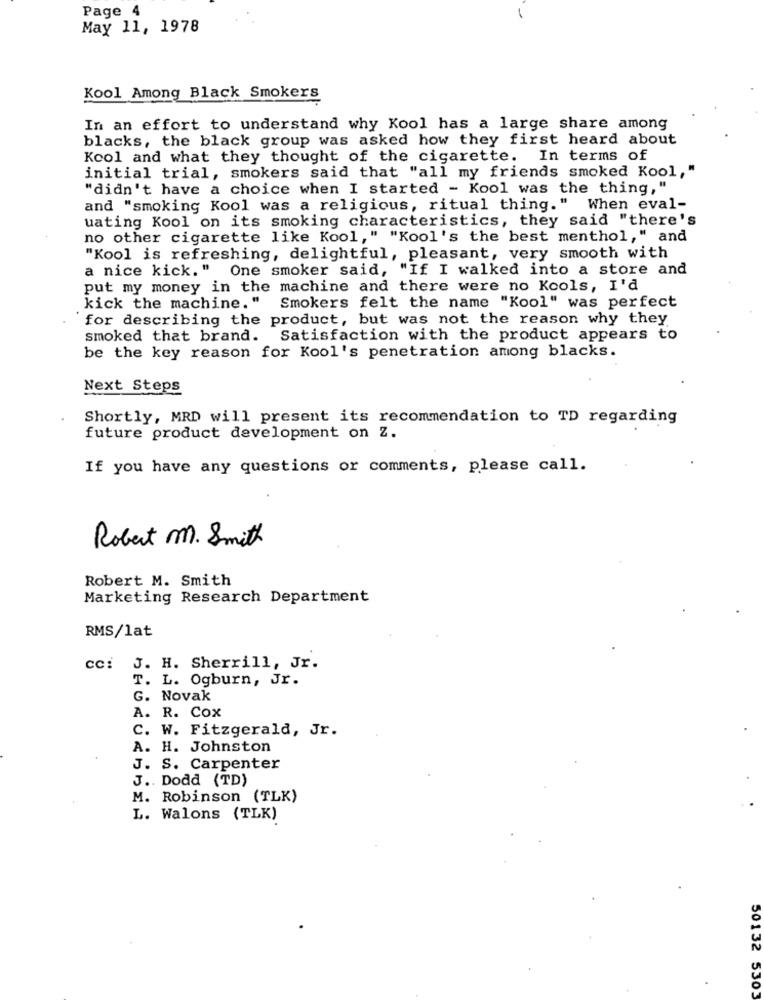
Page 4
May 11, 1978
Kool Among Black Smokers
In an effort to understand why Kool has a large share among
blacks, the black group was asked how they first heard about
Kool and what they thought of the cigarette. In terms of
initial trial, smokers said that "all my friends smoked Kool,"
"didn't have a choice when I started - Kool was the thing,"
and "smoking Kool was a religious, ritual thing." When eval-
uating Kool on its smoking characteristics, they said "there's
no other cigarette like Kool," "Kool's the best menthol," and
"Kool is refreshing, delightful, pleasant, very smooth with
a nice kick." One smoker said, "If I walked into a store and
put my money in the machine and there were no Kools, I'd
kick the machine. "
Smokers felt the name "Kool" was perfect
for describing the product, but was not the reason why they
smoked that brand. Satisfaction with the product appears to
be the key reason for Kool's penetration among blacks.
Next Steps
Shortly, MRD will present its recommendation to TD regarding
future product development on Z.
If you have any questions or comments, please call.
Robert M. Smith
Robert M. Smith
Marketing Research Department
RMS/lat
cc: J. H. Sherrill, Jr.
T. L. Ogburn, Jr.
G. Novak
A. R. Cox
C. W. Fitzgerald, Jr.
A. H. Johnston
J. S. Carpenter
J .. Dodd (TD)
M. Robinson (TLK)
L. Walons (TLK)
50132 5303